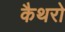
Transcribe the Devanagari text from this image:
कैथरो